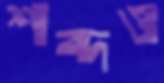
শব্দও